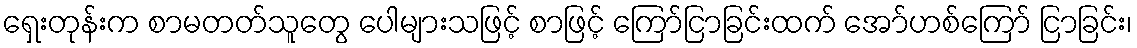
ရှေးတုန်းက စာမတတ်သူတွေ ပေါများသဖြင့် စာဖြင့် ကြော်ငြာခြင်းထက် အော်ဟစ်ကြော် ငြာခြင်း၊